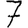
Digit: 7